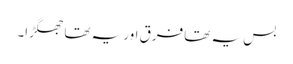
بس یہ تھا فرق اور یہ تھا جھگڑا۔